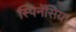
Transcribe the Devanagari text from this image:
स्पिनॅसिया